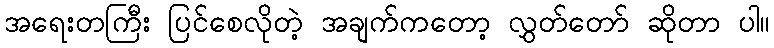
အရေးတကြီး ပြင်စေလိုတဲ့ အချက်ကတော့ လွှတ်တော် ဆိုတာ ပါ။